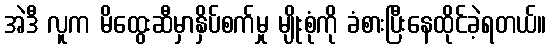
အဲဒီ လူက မိထွေးဆီမှာနှိပ်စက်မှု မျိုးစုံကို ခံစားပြီးနေထိုင်ခဲ့ရတယ်။